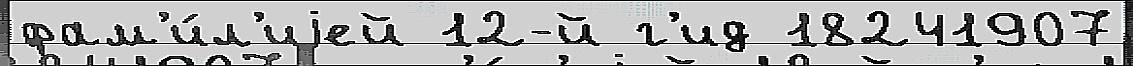
фам'и́л'иjей 12-й г'ид 18241907